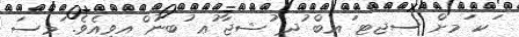
ަކ ަމށް ސޖޓ ަޢބް ުދ ުޝޖާ ުޢ ުބނު ްއވިއެވެ. ަމސަ